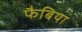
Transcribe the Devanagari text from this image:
फैबिया